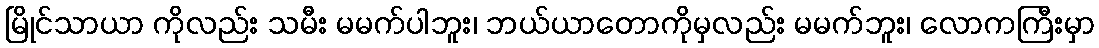
မြိုင်သာယာ ကိုလည်း သမီး မမက်ပါဘူး၊ ဘယ်ယာတောကိုမှလည်း မမက်ဘူး၊ လောကကြီးမှာ